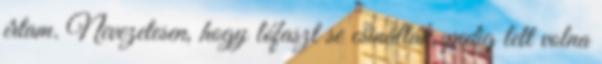
írtam. Nevezetesen, hogy lófaszt se csináltak, pedig lett volna